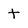
Character: t